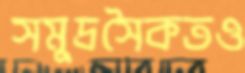
সমুদ্রসৈকতও